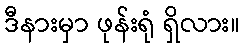
ဒီနားမှာ ဖုန်းရုံ ရှိလား။